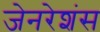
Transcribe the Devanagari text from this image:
जेनरेशंस